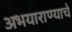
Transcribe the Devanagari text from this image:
अभयाराण्याचे